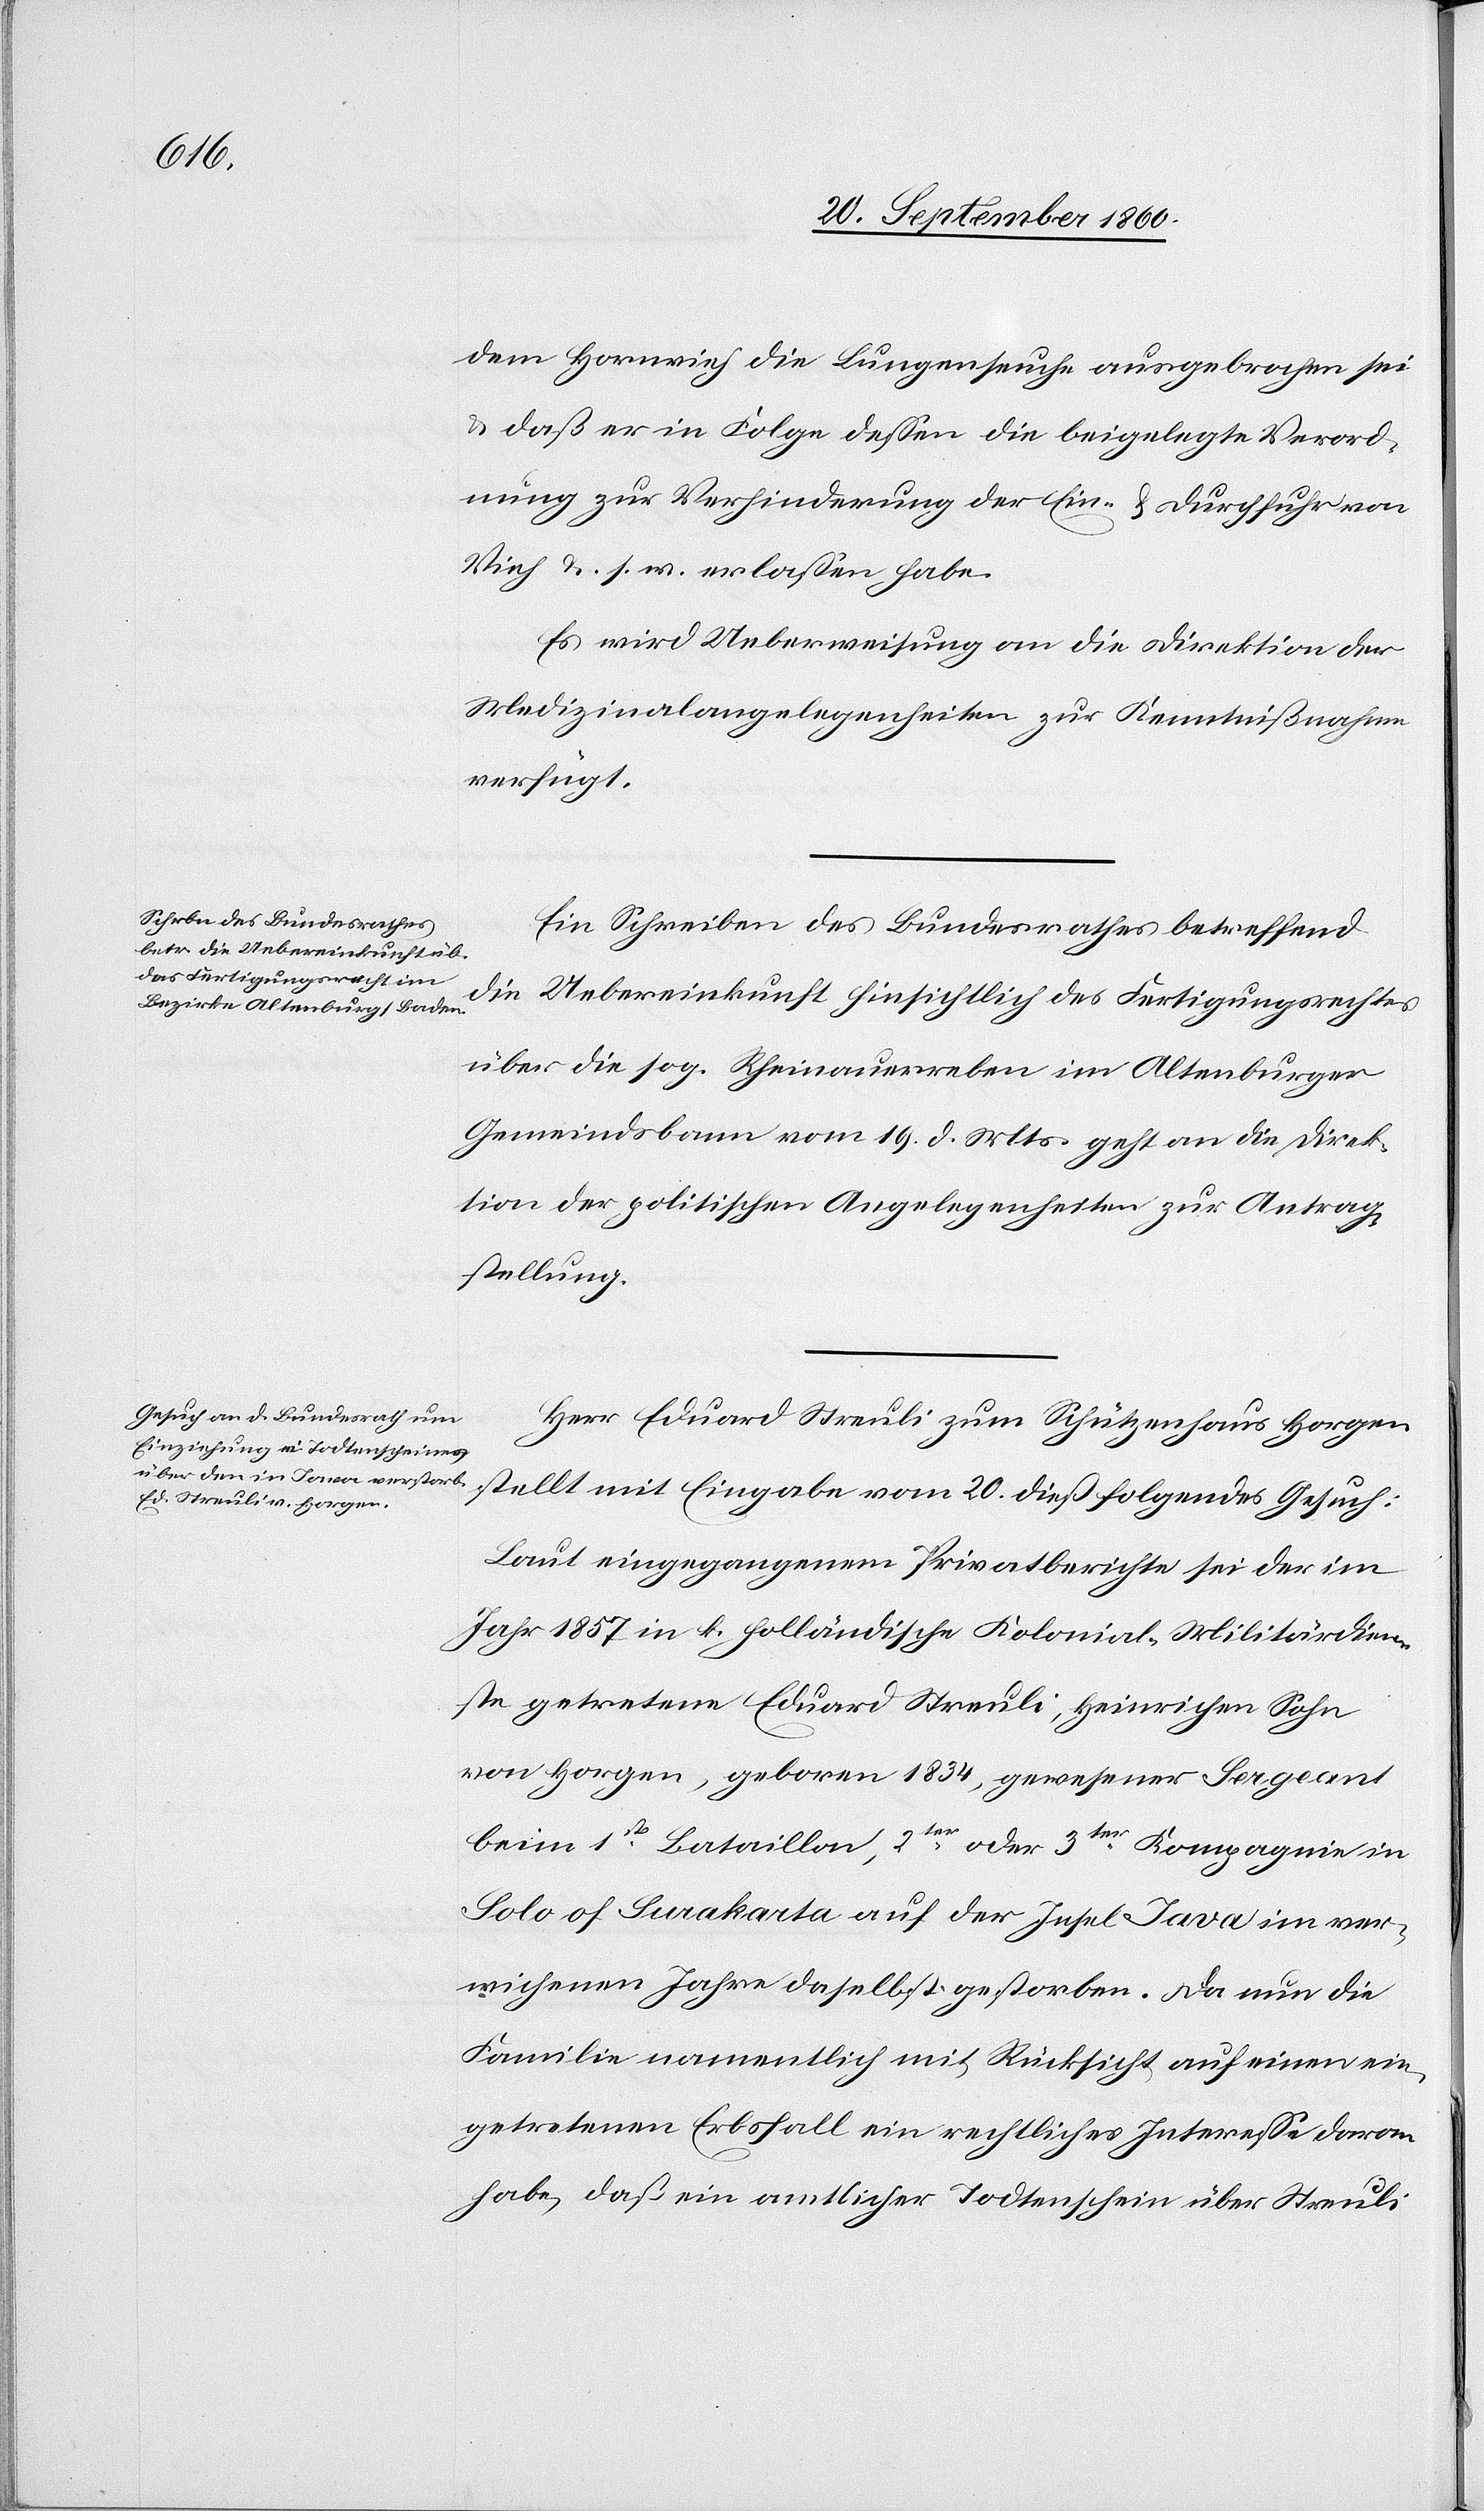
21. Septemb. 1860.]
dem Hornvieh die Lungenseuche ausgebrochen sei
u. daß er in Folge dessen die beigelegte Verord¬
nung zur Verhinderung der Ein- & Durchfuhr von
Vieh u.s. w. erlassen haben.
Es wird Ueberweisung an die Direktion der
Medizinalangelegenheiten zur Kenntnißnahme
verfügt.
Ein Schreiben des Bundesrathes betreffend
die Uebereinkunft hinsichtlich des Fertigungsrechtes
über die sog. Rheinauerreben im Altenburger
Gemeindsbann vom 19. d. Mts. geht an die Direk¬
tion der politischen Angelegenheiten zur Antrag¬
stellung.
Herr Eduard Streuli zum Schützenhause Horgen
stellt mit Eingabe vom 20. dieß folgendes Gesuch:
Laut eingegangenem Privatberichte sei der im
Jahr 1857 in k. holländische Kolonial-Militärdien¬
ste getretene Eduard Streuli, Heinrichen Sohn
von Horgen, geboren 1834, gewesener Sergeant
beim 1st Bataillon, 2ten oder 3ten Kompagnie in
Solo of Surakarta auf der Insel Java im ver¬
wichenen Jahre daselbst gestorben. Da nun die
Familie namentlich mit Rücksicht auf einen ein¬
getretenen Erbsfall ein rechtliches Interesse daran
habe, daß ein amtlicher Todtenschein über Streuli